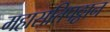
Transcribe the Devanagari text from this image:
महासतिपठ्ठान